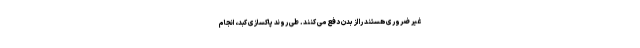
غیر ضروری هستند را از بدن دفع می کنند. طی روند پاکسازی کبد، انجام